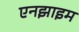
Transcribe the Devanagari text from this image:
एनझाइम